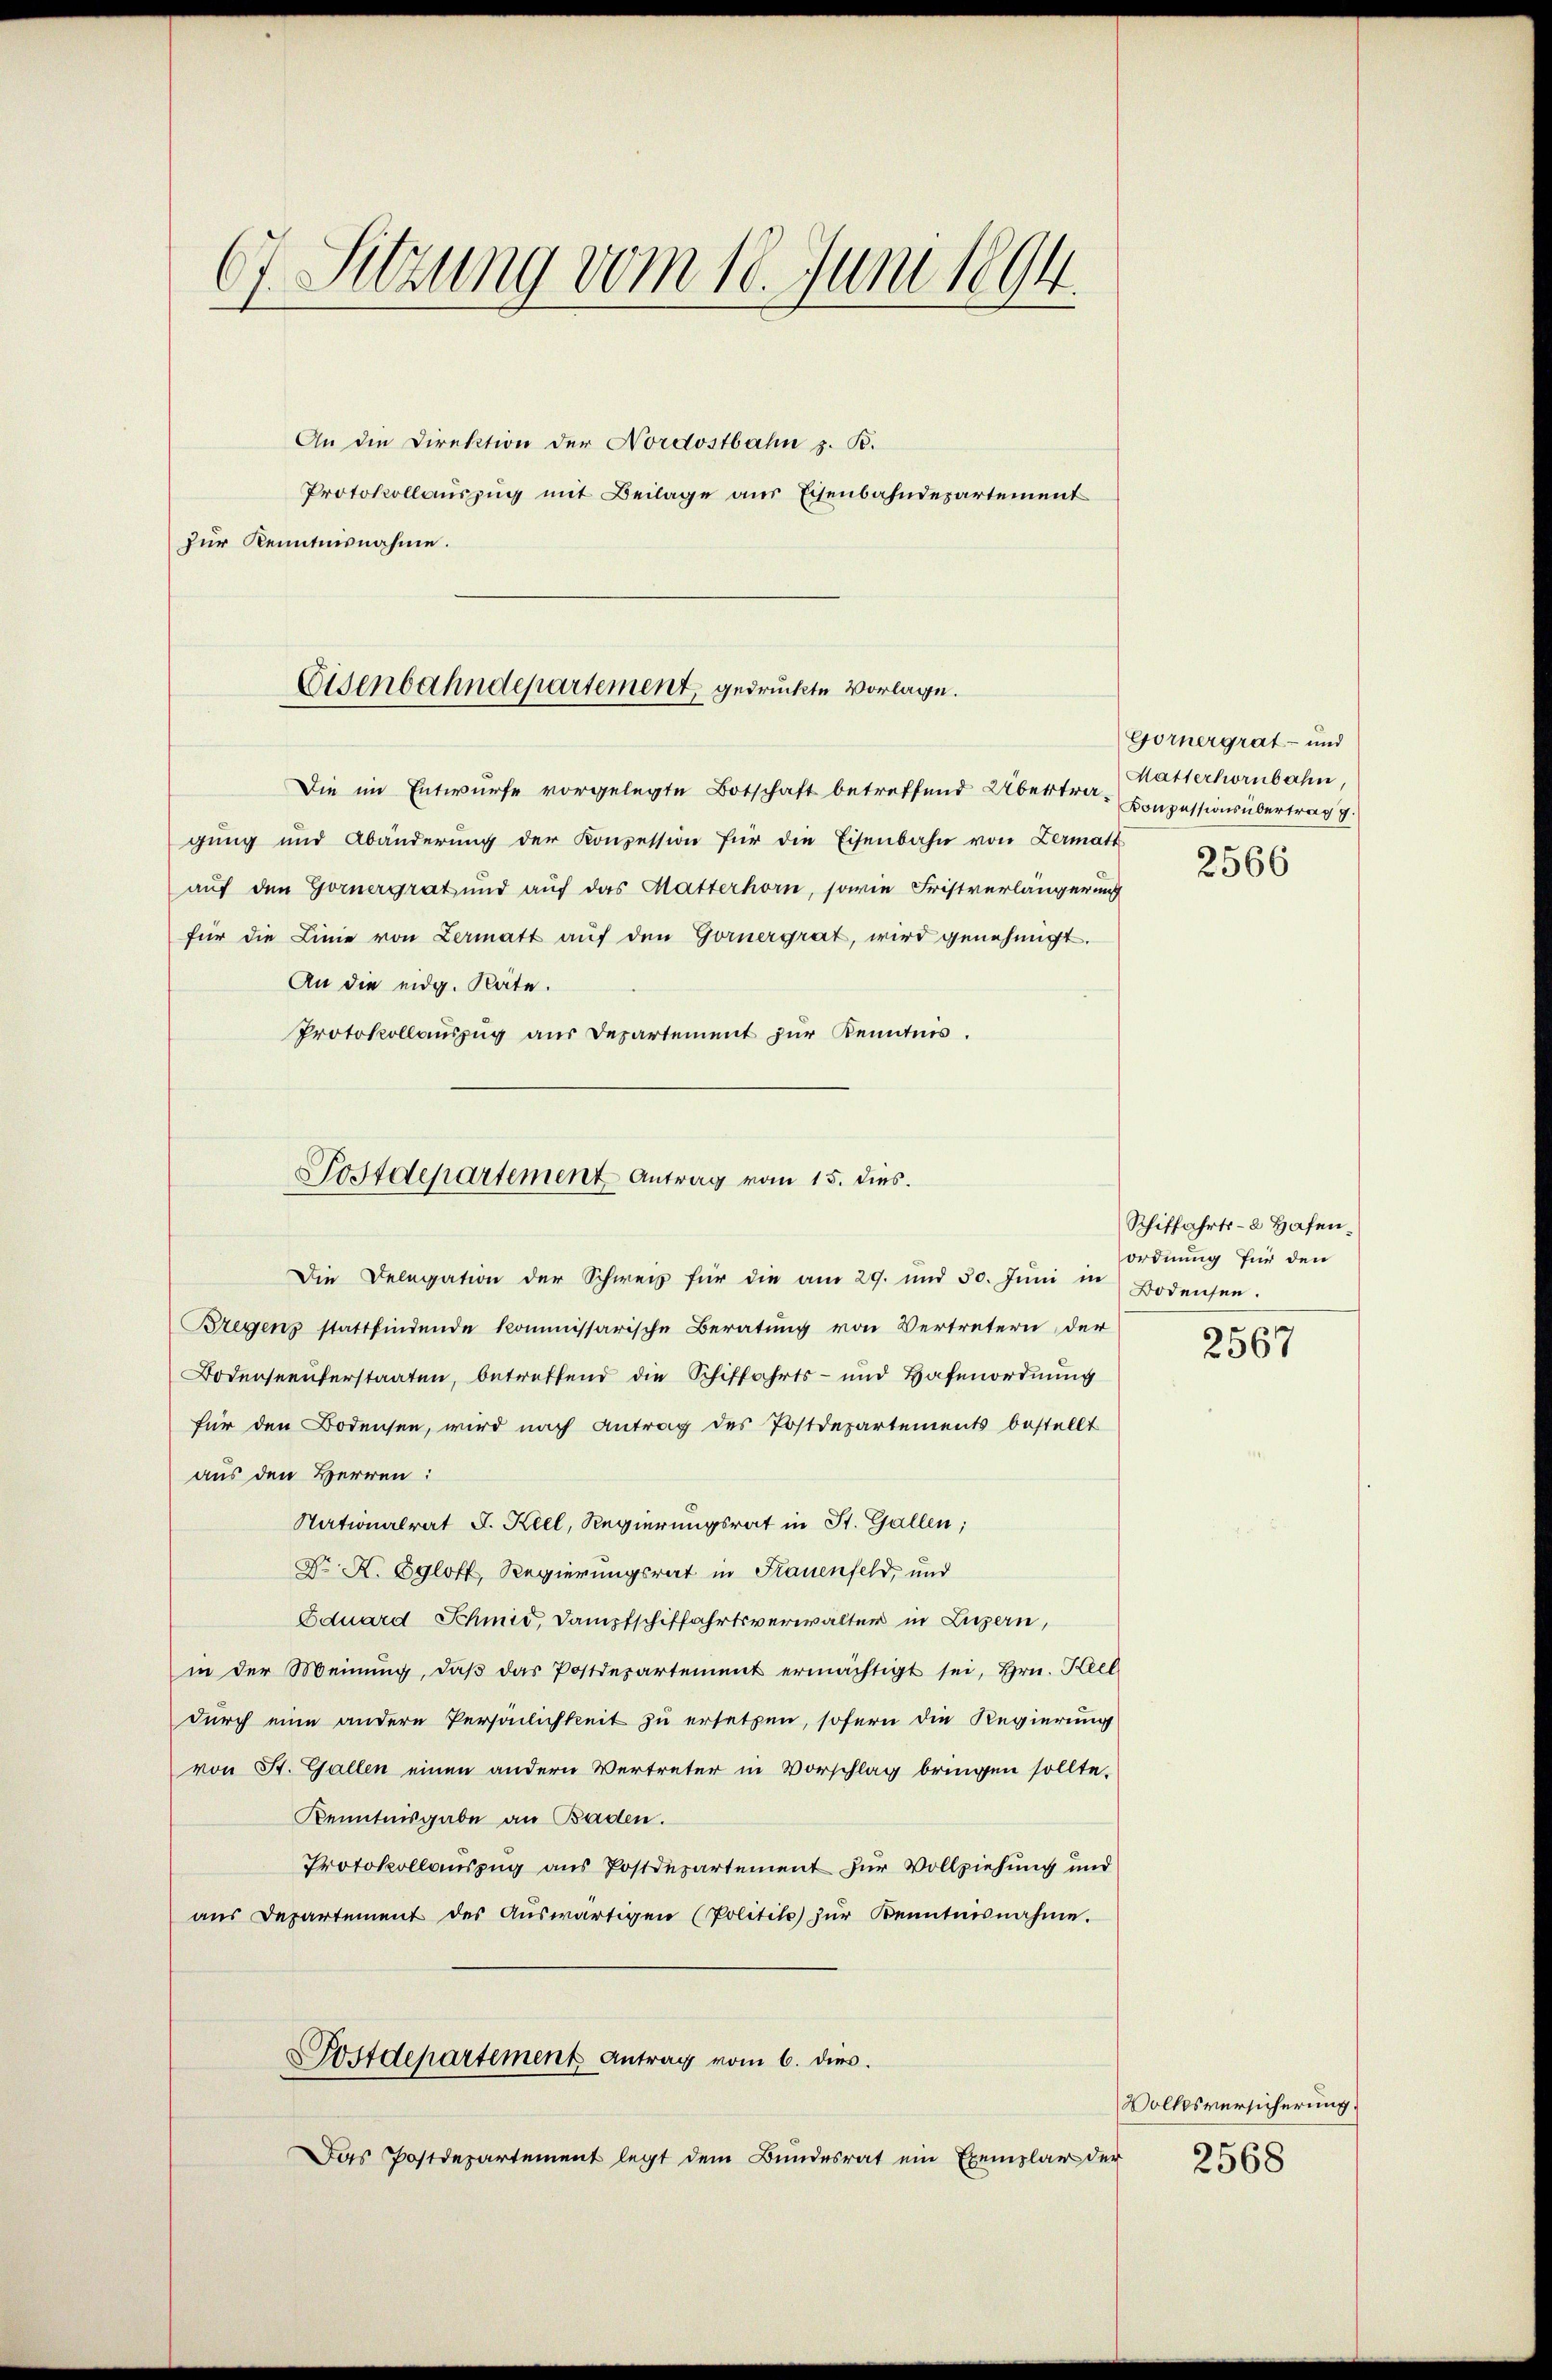
67. Sitzung vom 18. Juni 1894.

An die Direktion der Nordostbahn z. B.
Protokollauszug mit Beilage aus Eisenbahndepartement
zur Kenntnisnahme.

Eisenbahndepartement, gedruckte Vorlage.

Die im Entwurfe vorgelegte Botschaft betreffend Übertra-Conzessionsübertrag V
gung und Abänderŭng der Konzession für die Eisenbahn von Lermatt
auf den Gornergrat und auf das Matterhorn, sowie Fristverlängerung
für die Linie von Lermatt aŭf den Gornergrat, wird genehmigt.
An die eidg. Räte.
Protokollauszug aus Departement zur Kenntnis.
Die Delegation der Schweiz für die am 29. und 30. Jŭni in Bodensen.
Bregens stattfindende kommissarische Beratung von Vertretern der
Bodenseeuferstaaten, betreffend die Schiffahrts- und Hafenordnung
für den Bodensen, wird nach Antrag des Postdepartements bestellt
aus den Herren:
Nationalrat J. Keel, Regierungsrat in St. Gallen;
Dr X. Egloff, Regierungsrat in Frauenfeld, und
Eduard Schmid, Dampfschiffahrtsverwalter in Luzern,
in der Meinŭng, daβ das Postdepartement ermächtigt sei, Hrn. Kel
durch eine andere Persönlichkeit zu ersetzen, sofern die Regierung
von St. Gallen einen andern Vertreter in Vorschlag bringen sollte.
Kenntnisgabe an Baden.
Protokollauszug aus Postdepartement zur Vollziehung und
aŭs Departement des Aŭswärtigen (Politik zŭr Kenntnisnahme.
Postdepartement Antrag vom 6. dies.
Das Postdepartement legt dem Bundesrat ein Exemplar der

Postdepartement Antrag vom 15. dies

Görnergrat- und
Matterhornbahn,
2566

Schiffahrts- 2 Hafenordnung für den

2567

Volksversicherung

2568